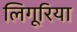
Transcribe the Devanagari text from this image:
लिगूरिया